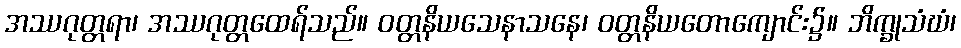
အဿဂုတ္တရာ၊ အဿဂုတ္တထေရ်သည်။ ဝတ္တနိယသေနာသနေ၊ ဝတ္တနိယတောကျောင်း၌။ ဘိက္ခုသံဃံ၊